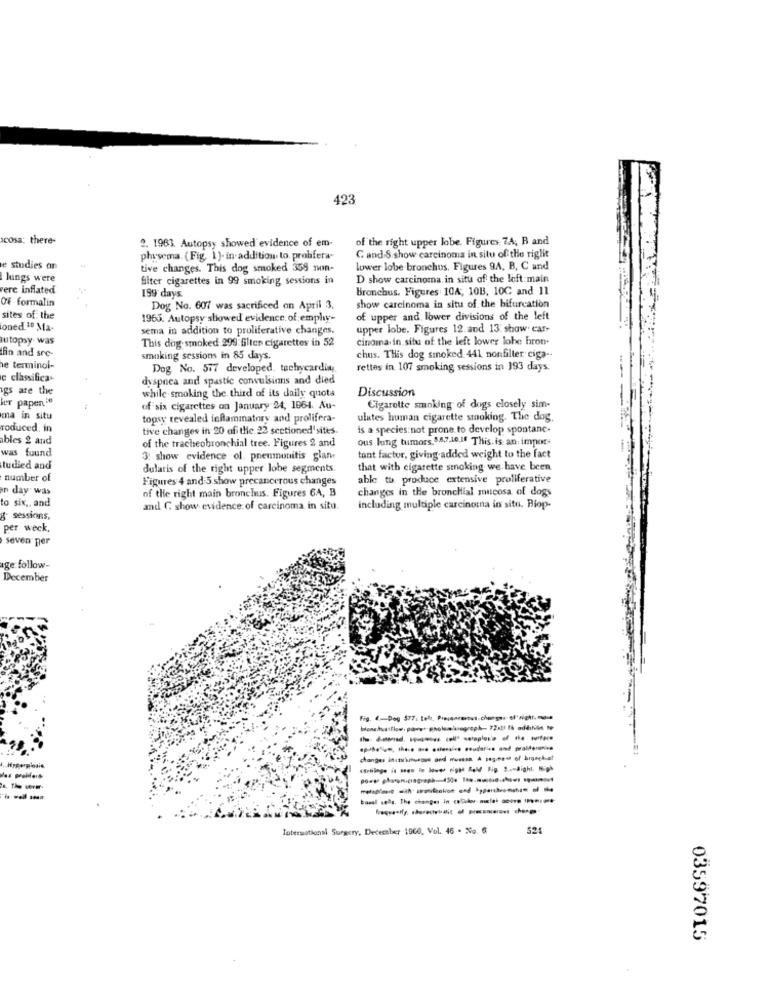
423
acosa: there-
2. 1963. Autopsy showed evidence of em-
of the right upper lobe. Figures. 7.A, B and
physema. (Fig. 1). in addition to. prolifera-
C and.S show carcinoma in situ of the right
e studies an
tive changes. This dog smoked 358 non-
lower lobe bronchus, Figures 9A, B, C and
Jungs were
filter cigarettes in 99 smoking sessions in
D show carcinoma in situ of the loft main
vere inflated
199 days.
Bronchus. Figures 10A, 10B, 10C and 11
Of formalin
Dog No. 607 was sacrificed on April 3.
show carcinoma in situ of the bifurcation
sites of the
1965. Autopsy showed evidence. of emply-
of upper and lower divisions of the left
oned 10 Ma-
sema in addition to proliferative changes.
upper lobe. Figures 12. and 13: show. car-
autopsy was
This dog smoked 299 filter cigarettes in 52
cinoma in situ of the left lower lohe bron.
fin and sre-
smoking sessions in 85 days.
chus. This dog smoked 441 nonfiller ciga --
e terminol-
Dog No. 577 developed, tachycardia,
rettes in 107 smoking sessions in 193 days.
e classifica
dyspnea and spastie convulsions and died
ugs are the
while smoking the third of its daily quots
Discussion
ler papen 20
of six cigarettes on January 24, 1964. Au-
Cigarette smoking of dogs closely sim-
ma in situ
topsy revealed inflammatory and prolifera-
ulates human cigarette smoking. The dog.
roduced. in
tive changes in 20 of the. 22 sectioned'sites.
is a species not prone to develop spontane-
ables 2 and
of the tracheobronchial tree. Figures 2 and
ous lung tumors. 5.8.7.10.If This. is an: impor-
was found
3: show evidence ol. pneumonitis glan
tant factor, giving added weight to the fact
ludied and
dularis of the right upper lobe segments.
that with cigarette smoking. we have been
number of
Figures 4 and 5 show precancerous changes
able to. produce extensive proliferative
en day was
of the right main bronchus. Figures 6A, B
changes in the bronchial mucosa of dogs
to six ,, and
and G show evidence of carcinoma in situ.
including multiple carcinoma in situ. Biop-
& sessions,
per weck,
seven per
age follow-
December
Fig. 4-Dog 577: telt, Precancerous.changes of'Night, ma
------ -- -
Hyperplasie
basal sells, The changes in colorale ons 1 ....
Toternational Surgery, December 1960, Vol. 46 . No. 6
525
03597015